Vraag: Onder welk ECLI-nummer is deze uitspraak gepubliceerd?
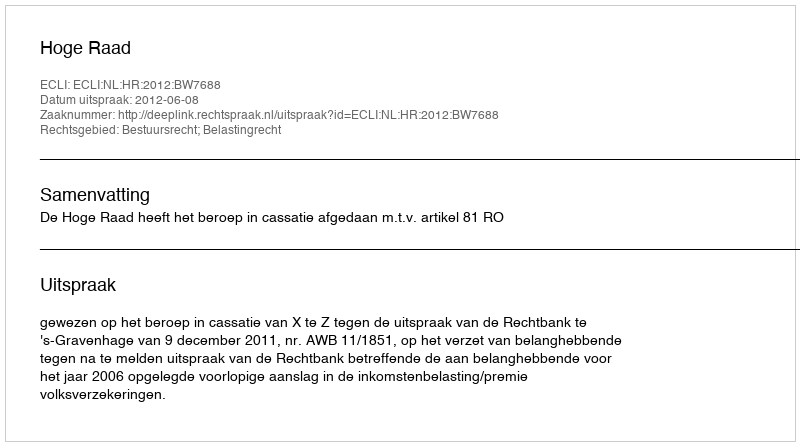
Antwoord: ECLI:NL:HR:2012:BW7688